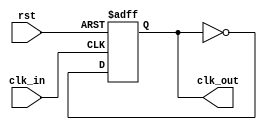
module clk50to25 (rst, clk_in, clk_out);
	
	input rst;
	input clk_in;
	
	output reg clk_out;
	
	always @ (posedge clk_in or posedge rst) begin
		if (rst) begin
			clk_out <= 1'b0; 
		end else begin //uma borda a cada de subida. Um pulso = 2 bordas, logo, metade do ciclo.
			clk_out <= ~clk_out;
		end
	end

endmodule